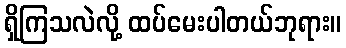
ရှိကြသလဲလို့ ထပ်မေးပါတယ်ဘုရား။